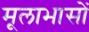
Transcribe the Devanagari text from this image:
मूलाभासों